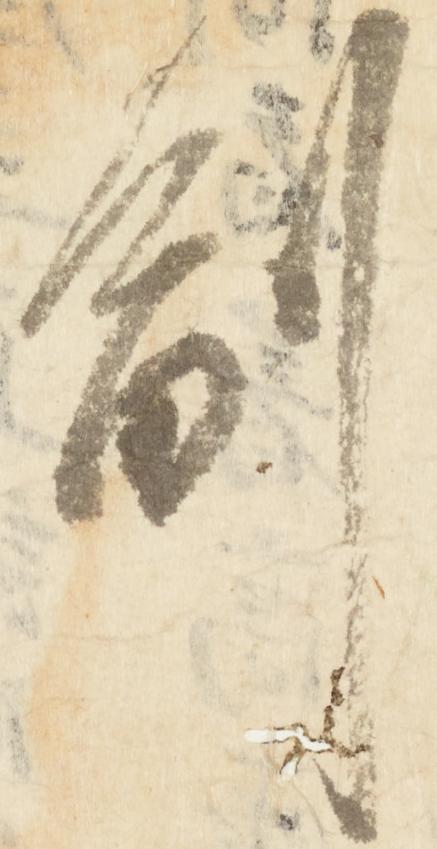
副